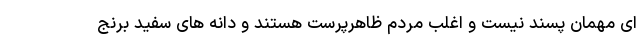
ای مهمان پسند نیست و اغلب مردم ظاهرپرست هستند و دانه های سفید برنج